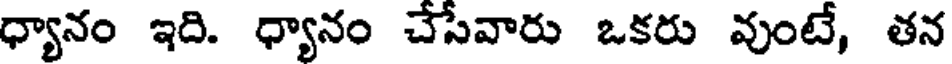
ధ్యానం ఇది. ధ్యానం చేసేవారు ఒకరు వుంటే, తన